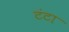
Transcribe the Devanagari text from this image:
टंटा